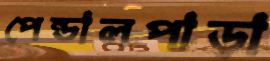
পেন্ডালপাড়া